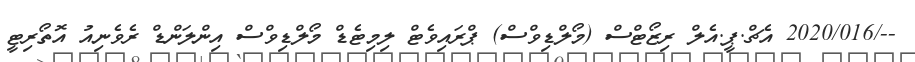
--/2020/016 އެޗް.ޕީ.އެލް ރިޒޯޓްސް (މޯލްޑިވްސް) ޕްރައިވެޓް ލިމިޓެޑް މޯލްޑިވްސް އިންލަންޑް ރެވެނިއު އޮތޯރިޓީ